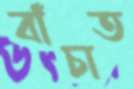
বাঁচাত